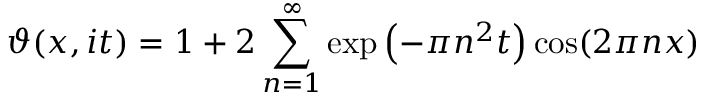
\vartheta ( x , i t ) = 1 + 2 \sum _ { n = 1 } ^ { \infty } \exp \left( - \pi n ^ { 2 } t \right) \cos ( 2 \pi n x )